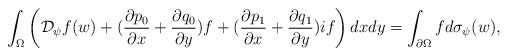
LaTeX: \begin{align*} \int_\Omega\left( {\mathcal D}_{\psi} f(w) + ( \frac{\partial p_0}{\partial x } + \frac{\partial q_0}{\partial y } )f + ( \frac{\partial p_1}{\partial x } + \frac{\partial q_1}{\partial y } ) { i} f\right)dxdy =\int_{\partial \Omega} f d\sigma_{\psi}(w), \end{align*}